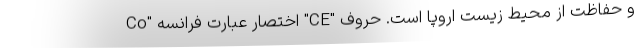
و حفاظت از محیط زیست اروپا است. حروف "CE" اختصار عبارت فرانسه "Co